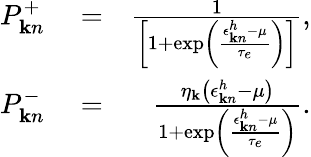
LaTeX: \begin{array}{rlr}{P_{{\mathbf k}n}^{+}}&{{}=}&{\frac{1}{\left[1+\exp\left(\frac{\epsilon_{{\mathbf k}n}^{h}-\mu}{\tau_{e}}\right)\right]},}\\ {P_{{\mathbf k}n}^{-}}&{{}=}&{\frac{\eta_{\mathbf k}\left(\epsilon_{{\mathbf k}n}^{h}-\mu\right)}{1+\exp\left(\frac{\epsilon_{{\mathbf k}n}^{h}-\mu}{\tau_{e}}\right)}.}\end{array}